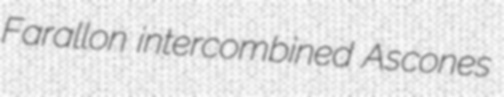
Farallon intercombined Ascones